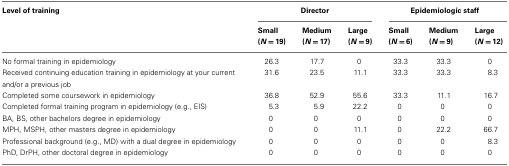
| Level of training | <COLSPAN=3> Director | <COLSPAN=3> Epidemiologic staff |
 |  | Small (N = 19) | Medium (N = 17) | Large (N = 9) | Small (N = 6) | Medium (N = 9) | Large (N = 12) |
 | --- | --- | --- | --- | --- | --- | --- |
 | No formal training in epidemiology | 26.3 | 17.7 | 0 | 33.3 | 33.3 | 0 |
 | Received continuing education training in epidemiology at your current and/or a previous job | 31.6 | 23.5 | 11.1 | 33.3 | 33.3 | 8.3 |
 | Completed some coursework in epidemiology | 36.8 | 52.9 | 55.6 | 33.3 | 11.1 | 16.7 |
 | Completed formal training program in epidemiology (e.g., EIS) | 5.3 | 5.9 | 22.2 | 0 | 0 | 0 |
 | BA, BS, other bachelors degree in epidemiology | 0 | 0 | 0 | 0 | 0 | 0 |
 | MPH, MSPH, other masters degree in epidemiology | 0 | 0 | 11.1 | 0 | 22.2 | 66.7 |
 | Professional background (e.g., MD) with a dual degree in epidemiology | 0 | 0 | 0 | 0 | 0 | 8.3 |
 | PhD, DrPH, other doctoral degree in epidemiology | 0 | 0 | 0 | 0 | 0 | 0 |